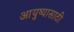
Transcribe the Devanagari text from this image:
आयुष्यासाठी